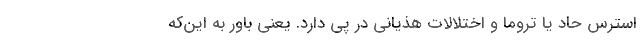
استرس حاد یا تروما و اختلالات هذیانی در پی دارد. یعنی باور به این‌که